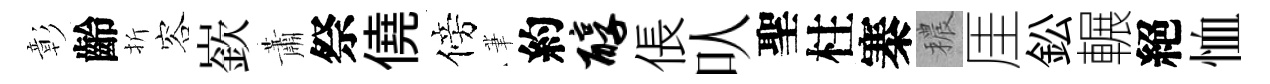
彰齡折容嶔蕭祭僥傍茟約醇倀㕥聖柱寨穠厓鈆輾絕恤